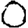
Digit: 0